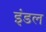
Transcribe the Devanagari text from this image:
इंडल